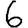
Digit: 6